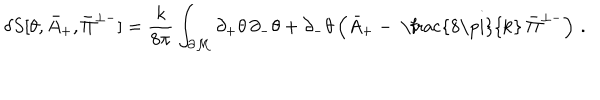
LaTeX: \delta S [ \theta , \bar { A } _ { + } , \bar { \Pi } ^ { \perp - } ] = \frac { k } { 8 \pi } \int _ { \partial \cal M } \partial _ { + } \theta \, \partial _ { - } \theta + \partial _ { - } \theta \left( \bar { A } _ { + } - \mathrm { ~ \frac { 8 \ p i } { k } ~ } \bar { \Pi } ^ { \perp - } \right) \, .